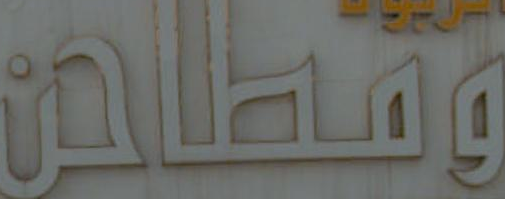
ومطاحن